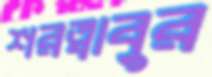
শরত্বাবুর